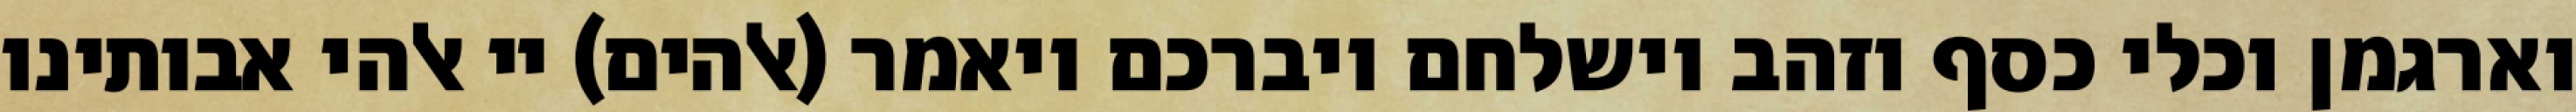
וארגמן וכלי כסף וזהב וישלחם ויברכם ויאמר (אלהים) יי אלהי אבותינו